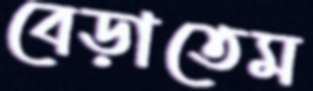
বেড়াতেম